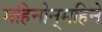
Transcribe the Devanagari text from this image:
महिनोन्‌महिने